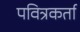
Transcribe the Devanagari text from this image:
पवित्रकर्ता